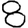
Digit: 8